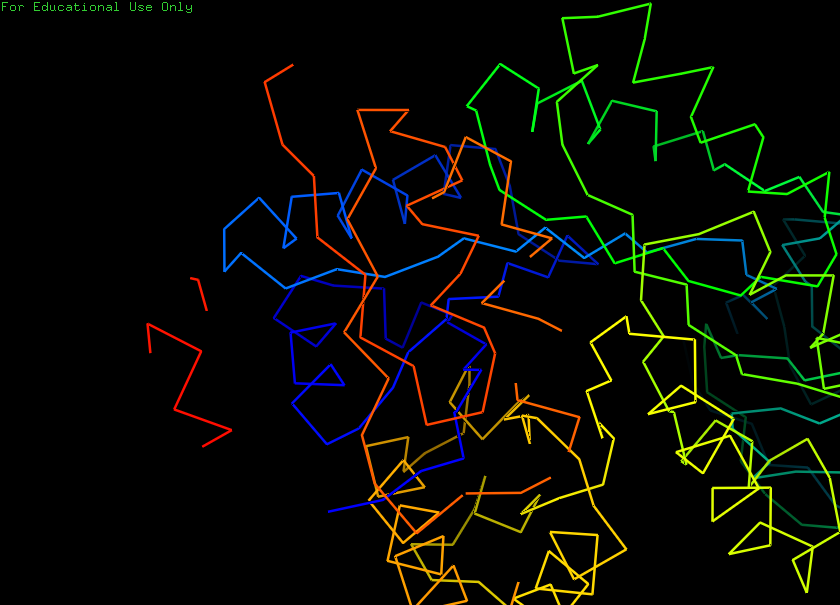
pymol, preset, ligand_sites_hq